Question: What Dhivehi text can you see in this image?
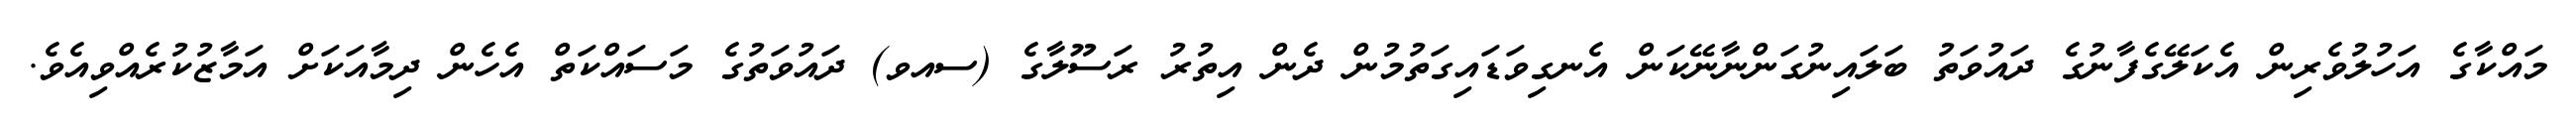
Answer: މައްކާގެ އަހުލުވެރިން އެކަލޭގެފާނުގެ ދައުވަތު ބަލައިނުގަންނާނޭކަން އެނގިވަޑައިގަތުމުން ދެން އިތުރު ރަސޫލާގެ (ސއވ) ދައުވަތުގެ މަސައްކަތް އެހެން ދިމާއަކަށް އަމާޒުކުރެއްވިއެވެ.